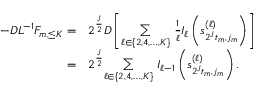
\begin{array} { r l } { - D L ^ { - 1 } F _ { m , \leq K } = } & { 2 ^ { \frac { J } { 2 } } D \left[ \underset { \ell \in \{ 2 , 4 , \ldots , K \} } { \sum } \ \frac { 1 } { \ell } I _ { \ell } \left( s _ { 2 ^ { J } t _ { m } , j _ { m } } ^ { ( \ell ) } \right) \right] } \\ { = } & { 2 ^ { \frac { J } { 2 } } \underset { \ell \in \{ 2 , 4 , \ldots , K \} } { \sum } \ I _ { \ell - 1 } \left( s _ { 2 ^ { J } t _ { m } , j _ { m } } ^ { ( \ell ) } \right) . } \end{array}